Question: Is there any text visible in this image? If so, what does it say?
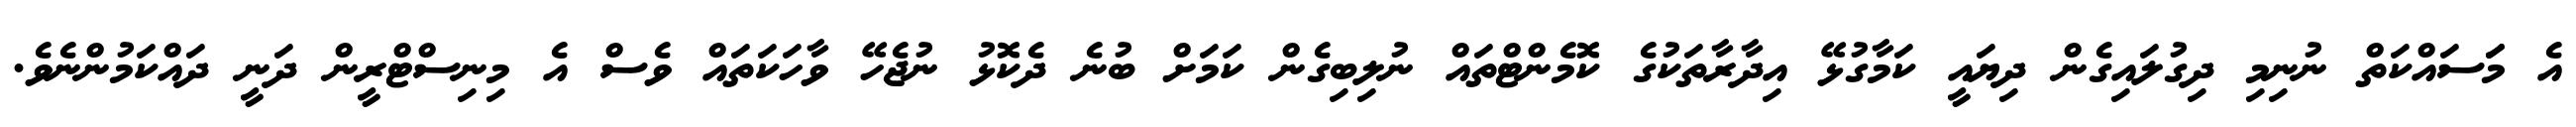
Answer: އެ މަަސައްކަތް ނުނިމި ދިގުލައިގެން ދިޔައީ ކަމާގުޅޭ އިދާރާތަކުގެ ކޮމެންޓްތައް ނުލިބިގެން ކަމަށް ބުނެ ދެކޮޅު ނުޖެހޭ ވާހަކަތައް ވެސް އެ މިނިސްޓްރީން ދަނީ ދައްކަމުންނެވެ.